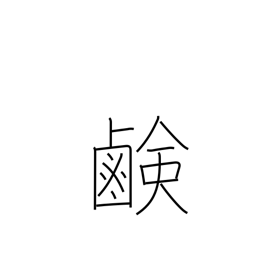
Meaning: saltiness